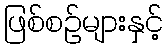
ဖြစ်စဉ်များနှင့်